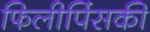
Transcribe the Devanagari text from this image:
फिलीपिंसकी